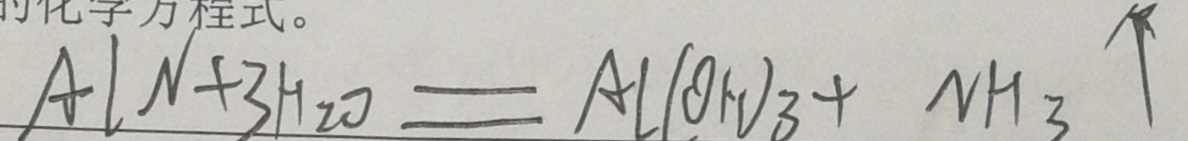
A l N + 3 H _ { 2 } O = A l ( O H ) _ { 3 } + N H _ { 3 } \uparrow